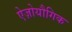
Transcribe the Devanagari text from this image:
ऐज़ोयौगिक